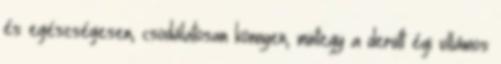
és egészségesen, csodálatosan könnyen, mintegy a derült égi villámos